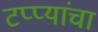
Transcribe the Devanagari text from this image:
टप्प्यांचा